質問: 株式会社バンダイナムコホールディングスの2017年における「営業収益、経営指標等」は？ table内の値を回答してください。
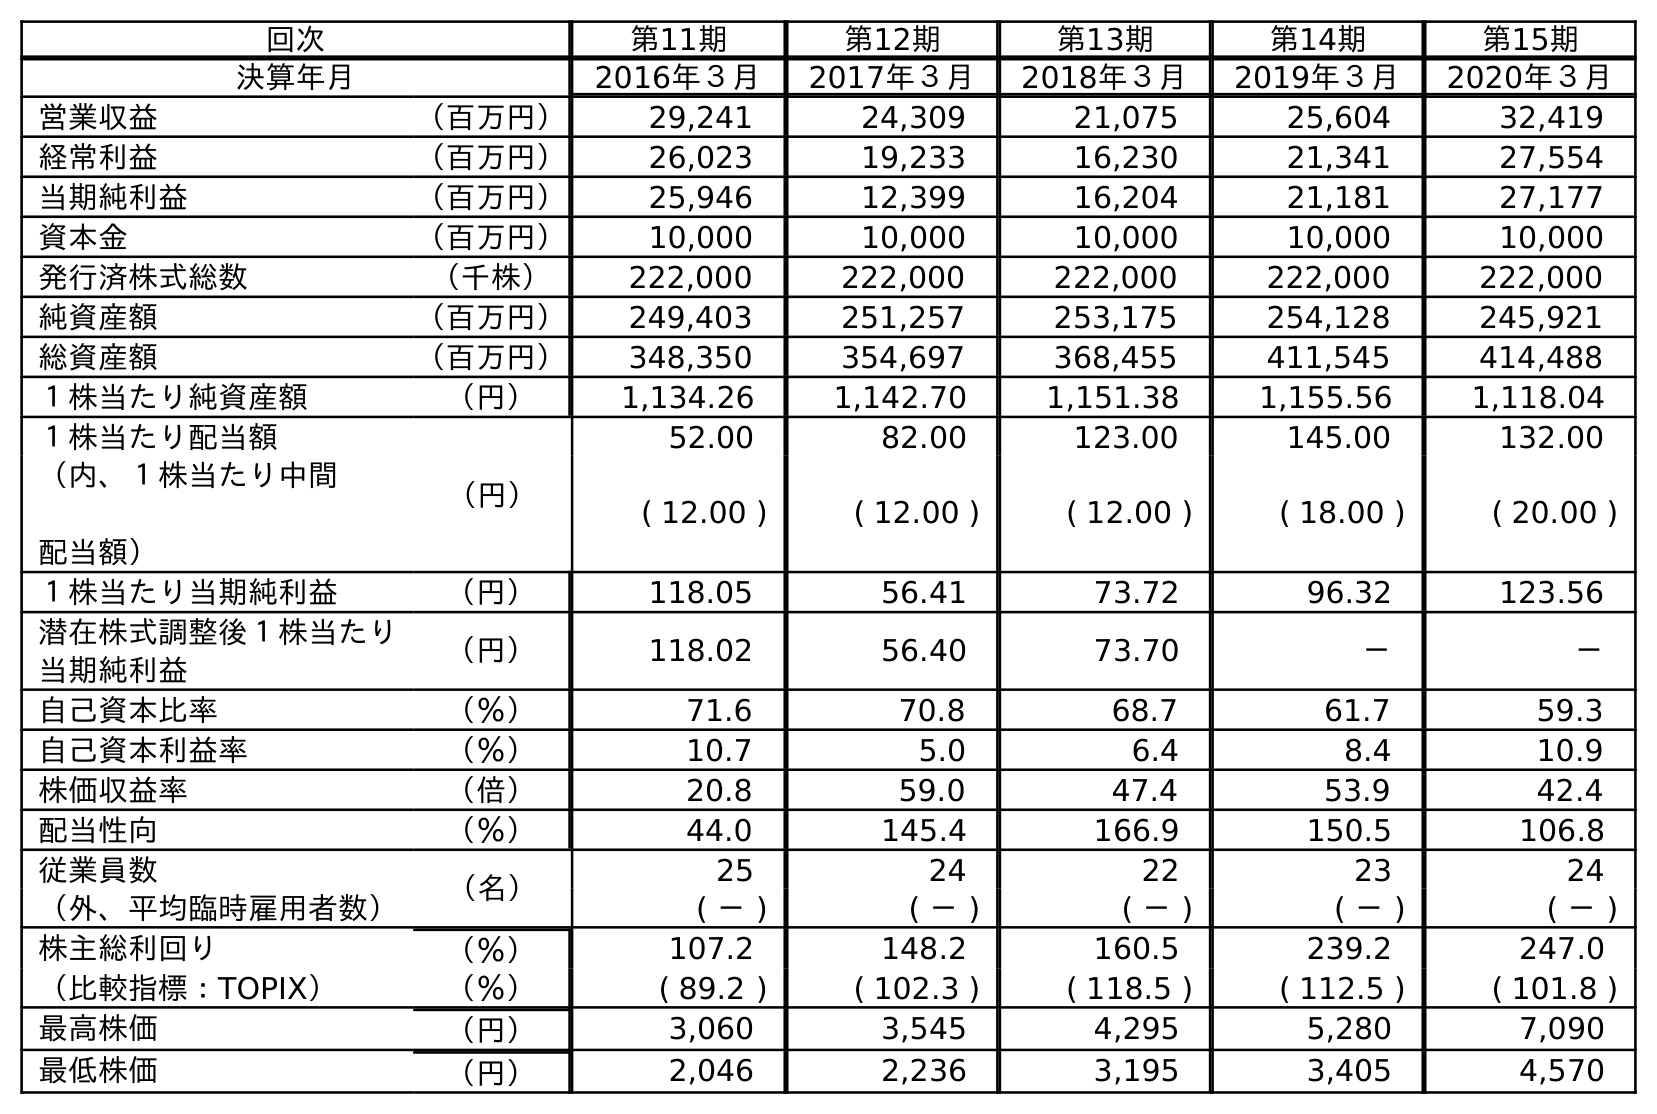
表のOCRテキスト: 回次 第11期 第12期 第13期 第14期 第15期 決算年月 2016年３月 2017年３月 2018年３月 2019年３月 2020年３月 営業収益 （百万円） 29,241 24,309 21,075 25,604 32,419 経常利益 （百万円） 26,023 19,233 16,230 21,341 27,554 当期純利益 （百万円） 25,946 12,399 16,204 21,181 27,177 資本金 （百万円） 10,000 10,000 10,000 10,000 10,000 発行済株式総数 （千株） 222,000 222,000 222,000 222,000 222,000 純資産額 （百万円） 249,403 251,257 253,175 254,128 245,921 総資産額 （百万円） 348,350 354,697 368,455 411,545 414,488 １株当たり純資産額 （円） 1,134.26 1,142.70 1,151.38 1,155.56 1,118.04 １株当たり配当額 （円） 52.00 82.00 123.00 145.00 132.00 （内、１株当たり中間 配当額） ( 12.00 ) ( 12.00 ) ( 12.00 ) ( 18.00 ) ( 20.00 ) １株当たり当期純利益 （円） 118.05 56.41 73.72 96.32 123.56 潜在株式調整後１株当たり 当期純利益 （円） 118.02 56.40 73.70 － － 自己資本比率 （％） 71.6 70.8 68.7 61.7 59.3 自己資本利益率 （％） 10.7 5.0 6.4 8.4 10.9 株価収益率 （倍） 20.8 59.0 47.4 53.9 42.4 配当性向 （％） 44.0 145.4 166.9 150.5 106.8 従業員数 （名） 25 24 22 23 24 （外、平均臨時雇用者数） ( － ) ( － ) ( － ) ( － ) ( － ) 株主総利回り （％） 107.2 148.2 160.5 239.2 247.0 （比較指標：TOPIX） （％） ( 89.2 ) ( 102.3 ) ( 118.5 ) ( 112.5 ) ( 101.8 ) 最高株価 （円） 3,060 3,545 4,295 5,280 7,090 最低株価 （円） 2,046 2,236 3,195 3,405 4,570
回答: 24,309